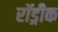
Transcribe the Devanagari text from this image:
रॉड्रीक